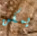
يمكن